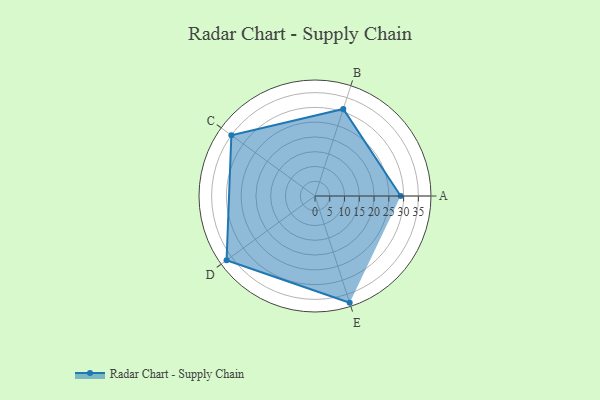
{"axis": {"x": "Skill", "y": "Score"}, "legend": ["Profile"], "data": [{"x": "A", "y": 29.0, "type": "Profile"}, {"x": "B", "y": 31.0, "type": "Profile"}, {"x": "C", "y": 35.0, "type": "Profile"}, {"x": "D", "y": 37.0, "type": "Profile"}, {"x": "E", "y": 38.0, "type": "Profile"}]}